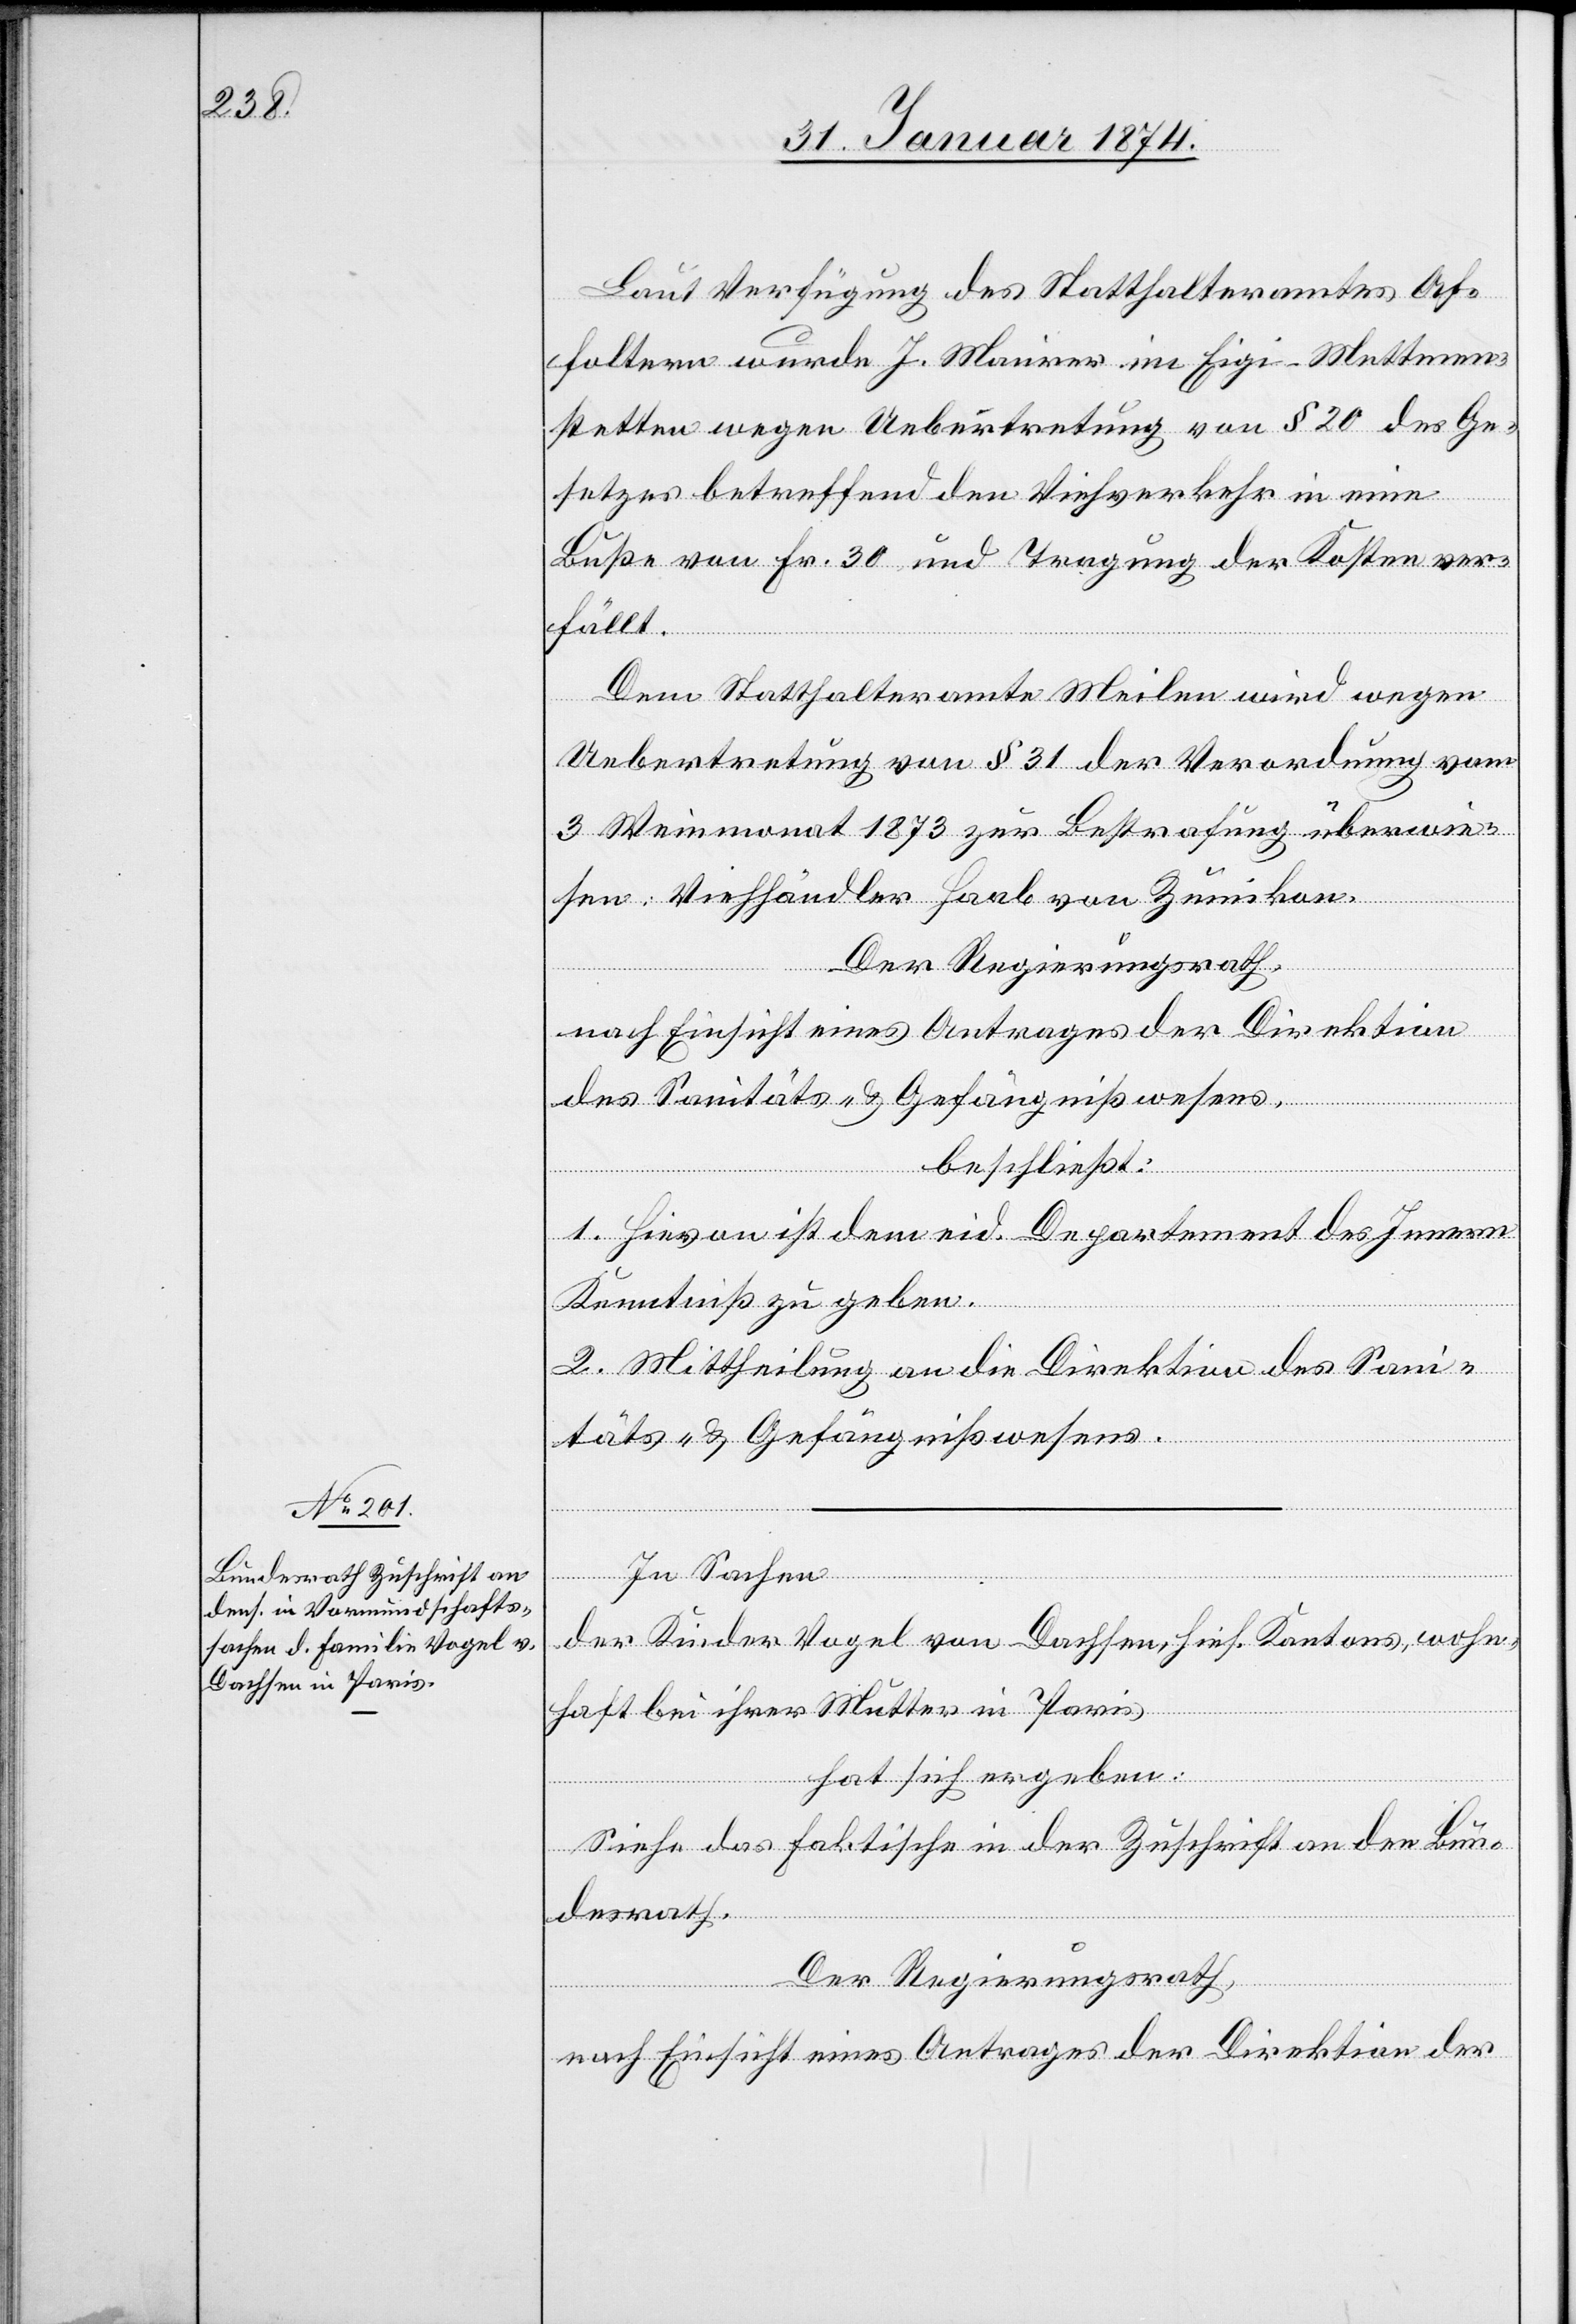
31. Januar 1874]
Laut Verfügung des Statthalteramtes Af¬
foltern wurde J. Maurer im Eigi-Mettmen¬
stetten wegen Uebertretung von § 20 des Ge¬
setzes betreffend den Viehverkehr in eine
Buße von Fr. 30 und Tragung der Kosten ver¬
fällt.
Dem Statthalteramte Meilen wird wegen
Uebetretung vom § 31 der Verordnung vom
3. Weinmonat 1873 zur Bestrafung überwie¬
sen: Viehhändler Harb von Zumikon.
Der Regierungsrath,
nach Einsicht eines Antrages der Direktion
des Sanitäts- u. Gefängnißwesens,
beschließt:
1. Hievon ist dem eid. Departement des Innern
Kenntniß zu geben.
2. Mittheilung an die Direktion des Sani¬
täts- u. Gefängnißwesens.
In Sachen
der Kinder Vogel von Dachsen, hies. Kantons, wohn¬
haft bei ihrer Mutter in Paris
hat sich ergeben:
Siehe das Faktische in der Zuschrift an den Bun¬
desrath.
Der Regierungsrath,
nach Einsicht eines Antrages der Direktion der